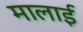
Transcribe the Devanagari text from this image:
मालाई